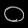
Digit: ၀